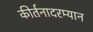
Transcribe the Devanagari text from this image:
कीर्तनादरम्यान